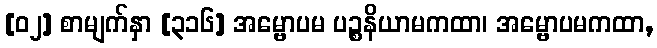
[၀၂] စာမျက်နှာ [၃၁၆] အမ္ဗောပမ ပဉ္စနိယာမကထာ၊ အမ္ဗောပမကထာ,